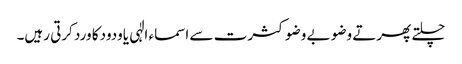
چلتے پھرتے وضو بے وضو کثرت سے اسماء الٰہی یاودودکا ورد کرتی رہیں۔